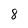
Character: 8